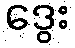
ဒွေး